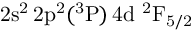
\mathrm { 2 s ^ { 2 } \, 2 p ^ { 2 } ( ^ { 3 } P ) \, 4 d ~ ^ { 2 } F _ { 5 / 2 } }